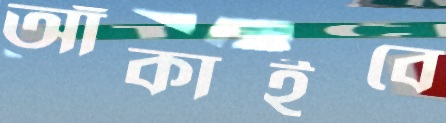
আঁকাইবে